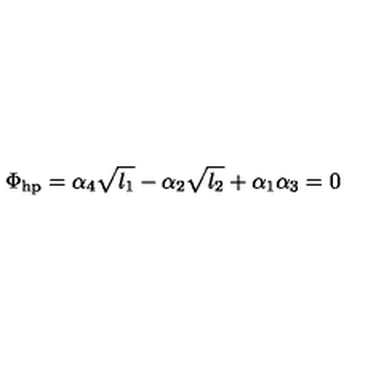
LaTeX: \Phi _ { \mathrm { h p } } = \alpha _ { 4 } \sqrt { l _ { 1 } } - \alpha _ { 2 } \sqrt { l _ { 2 } } + \alpha _ { 1 } \alpha _ { 3 } = 0